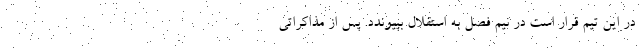
در این تیم قرار است در نیم فصل به استقلال بپیوندد. پس از مذاکراتی